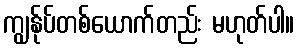
ကျွန်ုပ်တစ်ယောက်တည်း မဟုတ်ပါ။